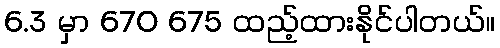
6.3 မှာ 670 675 ထည့်ထားနိုင်ပါတယ်။